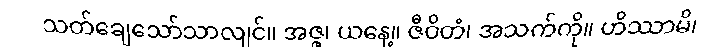
သတ်ချေသော်သာလျင်။ အဇ္ဇ၊ ယနေ့။ ဇီဝိတံ၊ အသက်ကို။ ဟိဿာမိ၊